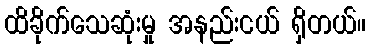
ထိခိုက်သေဆုံးမှု အနည်းငယ် ရှိတယ်။